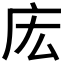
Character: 𫷧